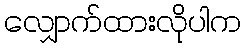
လျှောက်ထားလိုပါက